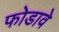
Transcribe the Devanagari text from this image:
फोडावे